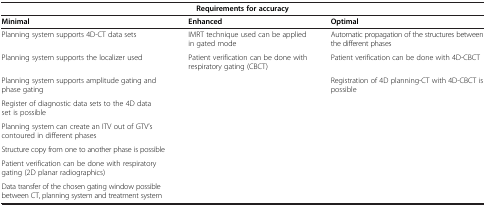
<table><thead><tr><td colspan="3"><b>Requirements for accuracy</b></td></tr><tr><td><b>Minimal</b></td><td><b>Enhanced</b></td><td><b>Optimal</b></td></tr></thead><tbody><tr><td>Planning system supports 4D-CT data sets</td><td>IMRT technique used can be applied in gated mode</td><td>Automatic propagation of the structures between the different phases</td></tr><tr><td>Planning system supports the localizer used</td><td>Patient verification can be done with respiratory gating (CBCT)</td><td>Patient verification can be done with 4D-CBCT</td></tr><tr><td>Planning system supports amplitude gating and phase gating</td><td> </td><td>Registration of 4D planning-CT with 4D-CBCT is possible</td></tr><tr><td>Register of diagnostic data sets to the 4D data set is possible</td><td> </td><td> </td></tr><tr><td>Planning system can create an ITV out of GTV’s contoured in different phases</td><td> </td><td> </td></tr><tr><td>Structure copy from one to another phase is possible</td><td> </td><td> </td></tr><tr><td>Patient verification can be done with respiratory gating (2D planar radiographics)</td><td> </td><td> </td></tr><tr><td>Data transfer of the chosen gating window possible between CT, planning system and treatment system</td><td> </td><td> </td></tr></tbody></table>